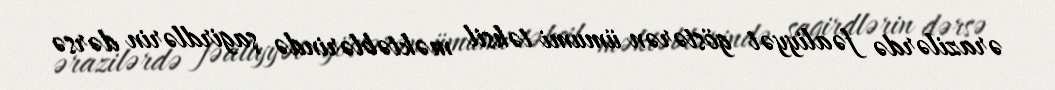
ərazilərdə fəaliyyət göstərən ümumi təhsil məktəblərində şagirdlərin dərsə